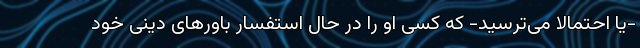
-یا احتمالاً می‌ترسید- که کسی او را در حال استفسار باورهای دینی خود